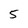
Character: 5